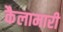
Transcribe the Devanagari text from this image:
कैलामारी